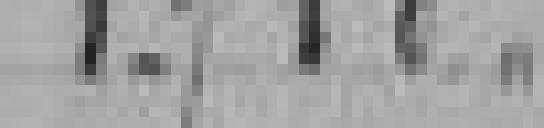
1.710